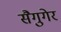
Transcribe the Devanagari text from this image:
सैगुगेर